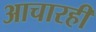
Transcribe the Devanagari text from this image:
आचारही